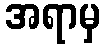
အရာမှ